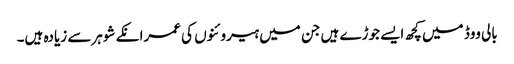
بالی ووڈ میں کچھ ایسے جوڑے ہیں جن میں ہیروئنوں کی عمرانکے شوہرسے زیادہ ہیں۔